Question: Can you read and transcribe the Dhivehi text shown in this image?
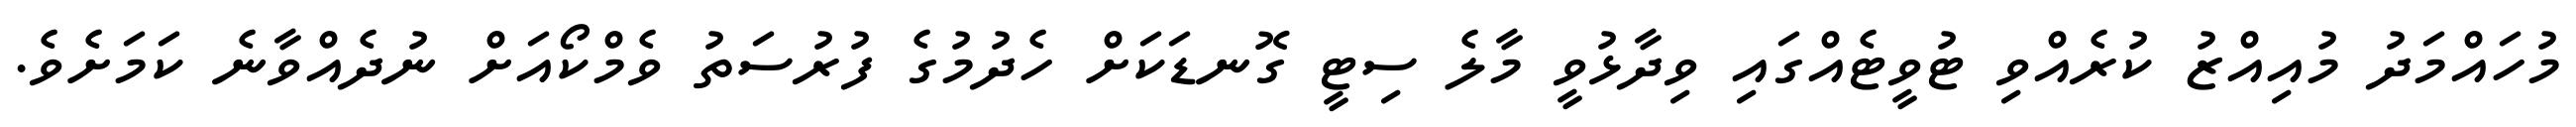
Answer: މުހައްމަދު މުއިއްޒު ކުރެއްވި ޓުވީޓެއްގައި ވިދާޅުވީ މާލެ ސިޓީ ގޮނޑަކަށް ހެދުމުގެ ފުރުސަތު ވެމްކޯއަށް ނުދެއްވާނެ ކަމަށެވެ.